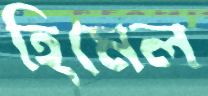
হিমেল